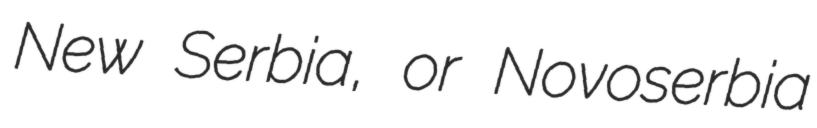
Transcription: New Serbia, or Novoserbia